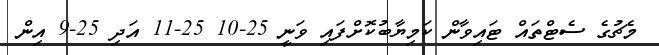
މެޗުގެ ސެޓްތައް ޓައިވާން ކަމިޔާބުކޮށްފައި ވަނީ 25-10 25-11 އަދި 25-9 އިން